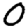
Digit: 0